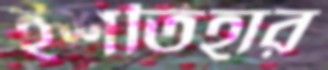
ইশতিহার